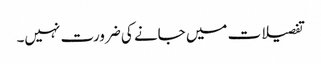
تفصیلات میں جانے کی ضرورت نہیں۔